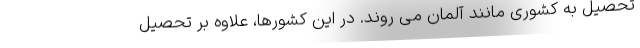
تحصیل به کشوری مانند آلمان می روند. در این کشورها، علاوه بر تحصیل